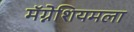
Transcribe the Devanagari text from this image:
मॅग्नेशियमला